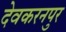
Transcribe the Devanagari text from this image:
देवकरनपुर